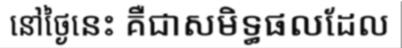
នៅថ្ងៃនេះ គឺជាសមិទ្ធផលដែល